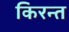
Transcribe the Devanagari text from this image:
किरन्त